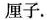
厘子.